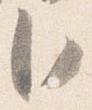
臣